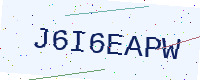
Text: J6I6EAPW